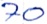
Text: 70